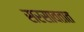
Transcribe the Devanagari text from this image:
सरसावतात